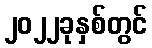
၂၀၂၂ခုနှစ်တွင်